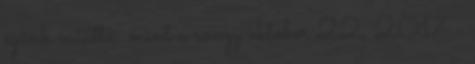
égünk miatta, mint a rongy október 22, 2017 -